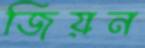
জিয়ন